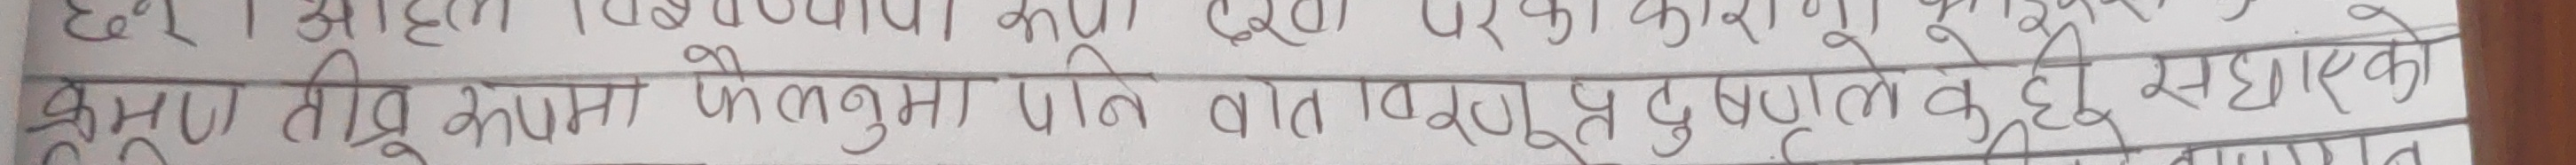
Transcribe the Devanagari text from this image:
छन्। आहट डिचूण्पाका कोई एक परका कारण
क्रमशः तीव्र कांपना फैलमा पनि वात विरुद्ध पुषणले वैदूर सघाए को